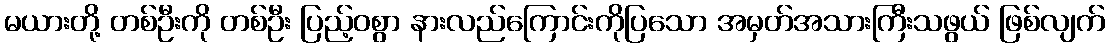
မယားတို့ တစ်ဦးကို တစ်ဦး ပြည့်ဝစွာ နားလည်ကြောင်းကိုပြသော အမှတ်အသားကြီးသဖွယ် ဖြစ်လျက်